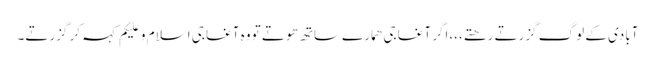
آبادی کے لوگ گزرتے رھتے،،،اگر آغا جی ھمارے ساتھ ھوتے تو وہ آغا جی اسلام و علیکم کہہ کر گزرتے۔